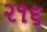
૨૧૬